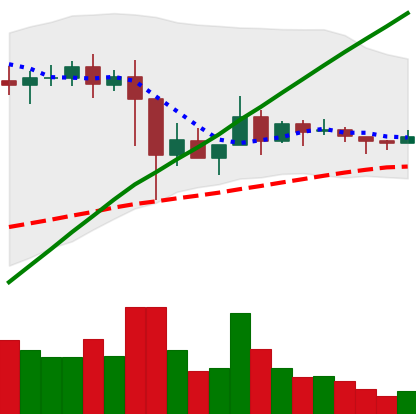
Ticker: XLM-USD
Chart end date: 2021-03-07
Forward return: -6.049%
Label: down_5_7